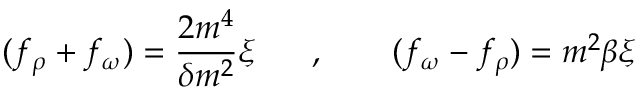
( f _ { \rho } + f _ { \omega } ) = \frac { 2 m ^ { 4 } } { \delta m ^ { 2 } } \xi \mathrm { ~ \ \ \ \ , ~ \ \, ~ \ \ \ } ( f _ { \omega } - f _ { \rho } ) = m ^ { 2 } \beta \xi